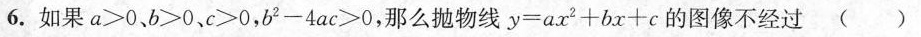
6.如果a>0、b>0、c>0，b^{2}-4ac≥0，那么抛物线y=ax^{2}+bx+c$$的图像不经过( )